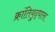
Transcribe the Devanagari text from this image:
क्रांतियुद्धाला